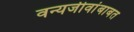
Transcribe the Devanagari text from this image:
वन्यजीवांबाबत